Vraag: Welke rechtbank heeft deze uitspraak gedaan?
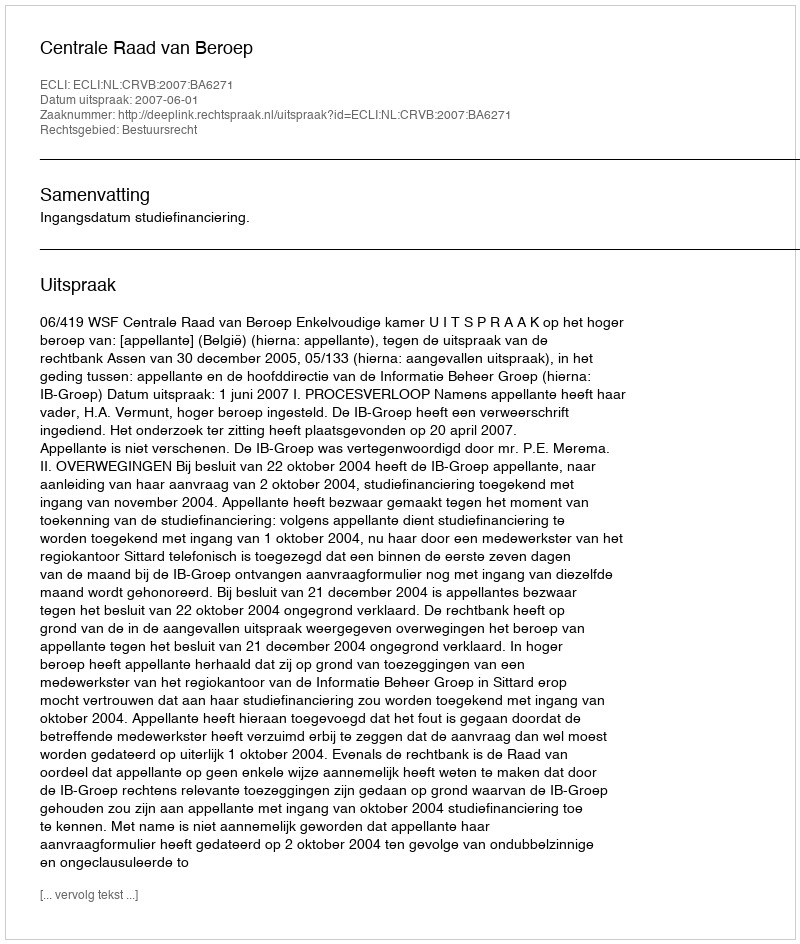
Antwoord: Centrale Raad van Beroep